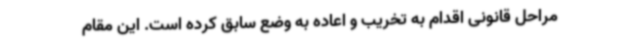
مراحل قانونی اقدام به تخریب و اعاده به وضع سابق کرده است. این مقام